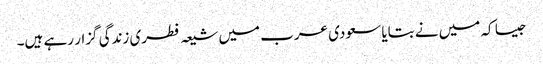
جیسا کہ میں نے بتایا سعودی عرب میں شیعہ فطری زندگی گزار رہے ہیں۔